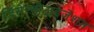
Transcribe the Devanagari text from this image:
डिसेन्सीटाइजेशन